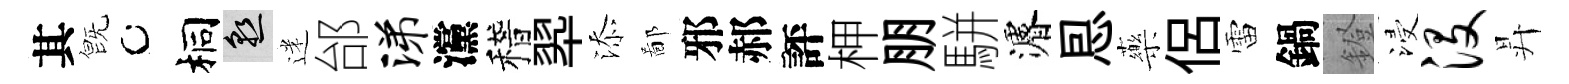
其旣桐熟迷邰涕灙稽翆添鄙邪郝評柙朋駢濬㤙藥侶雷鍋鐙浸没昇